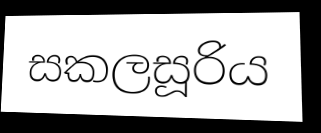
සකලසූරිය